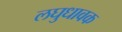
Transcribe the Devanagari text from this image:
लघुधावक